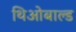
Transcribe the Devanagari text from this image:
थिओबाल्ड